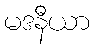
မဒနီယာ